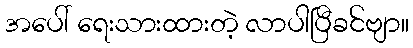
အပေါ် ရေးသားထားတဲ့ လာပါပြီခင်ဗျာ။